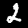
Label: 2